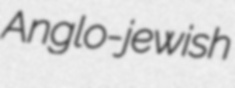
Anglo-jewish